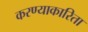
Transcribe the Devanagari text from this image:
करण्याकारिता